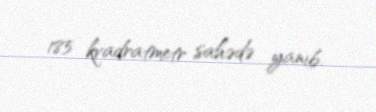
185 kvadratmetr sahədə yanıb.